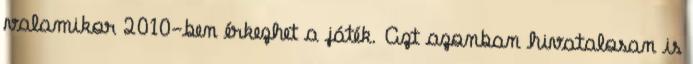
valamikor 2010-ben érkezhet a játék. Azt azonban hivatalosan is